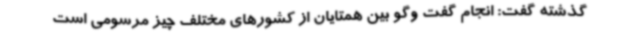
گذشته گفت: انجام گفت وگو بین همتایان از کشورهای مختلف چیز مرسومی است